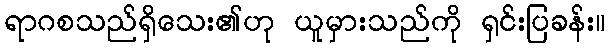
ရာဂစသည်ရှိသေး၏ဟု ယူမှားသည်ကို ရှင်းပြခန်း။